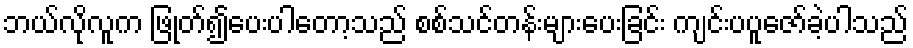
ဘယ်လိုလူက ဖြုတ်၍ပေးပါတော့သည် စစ်သင်တန်းများပေးခြင်း ကျင်းပပူဇော်ခဲ့ပါသည်